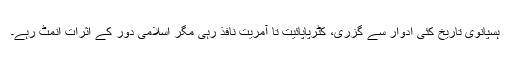
ہسپانوی تاریخ کئی ادوار سے گزری، کٹرپاپائیت تا آمریت نافذ رہی مگر اسلامی دور کے اثرات انمٹ رہے۔